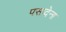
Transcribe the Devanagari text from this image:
पसादेना